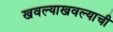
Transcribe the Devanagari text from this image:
खवल्याखवल्याची